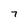
Character: 7